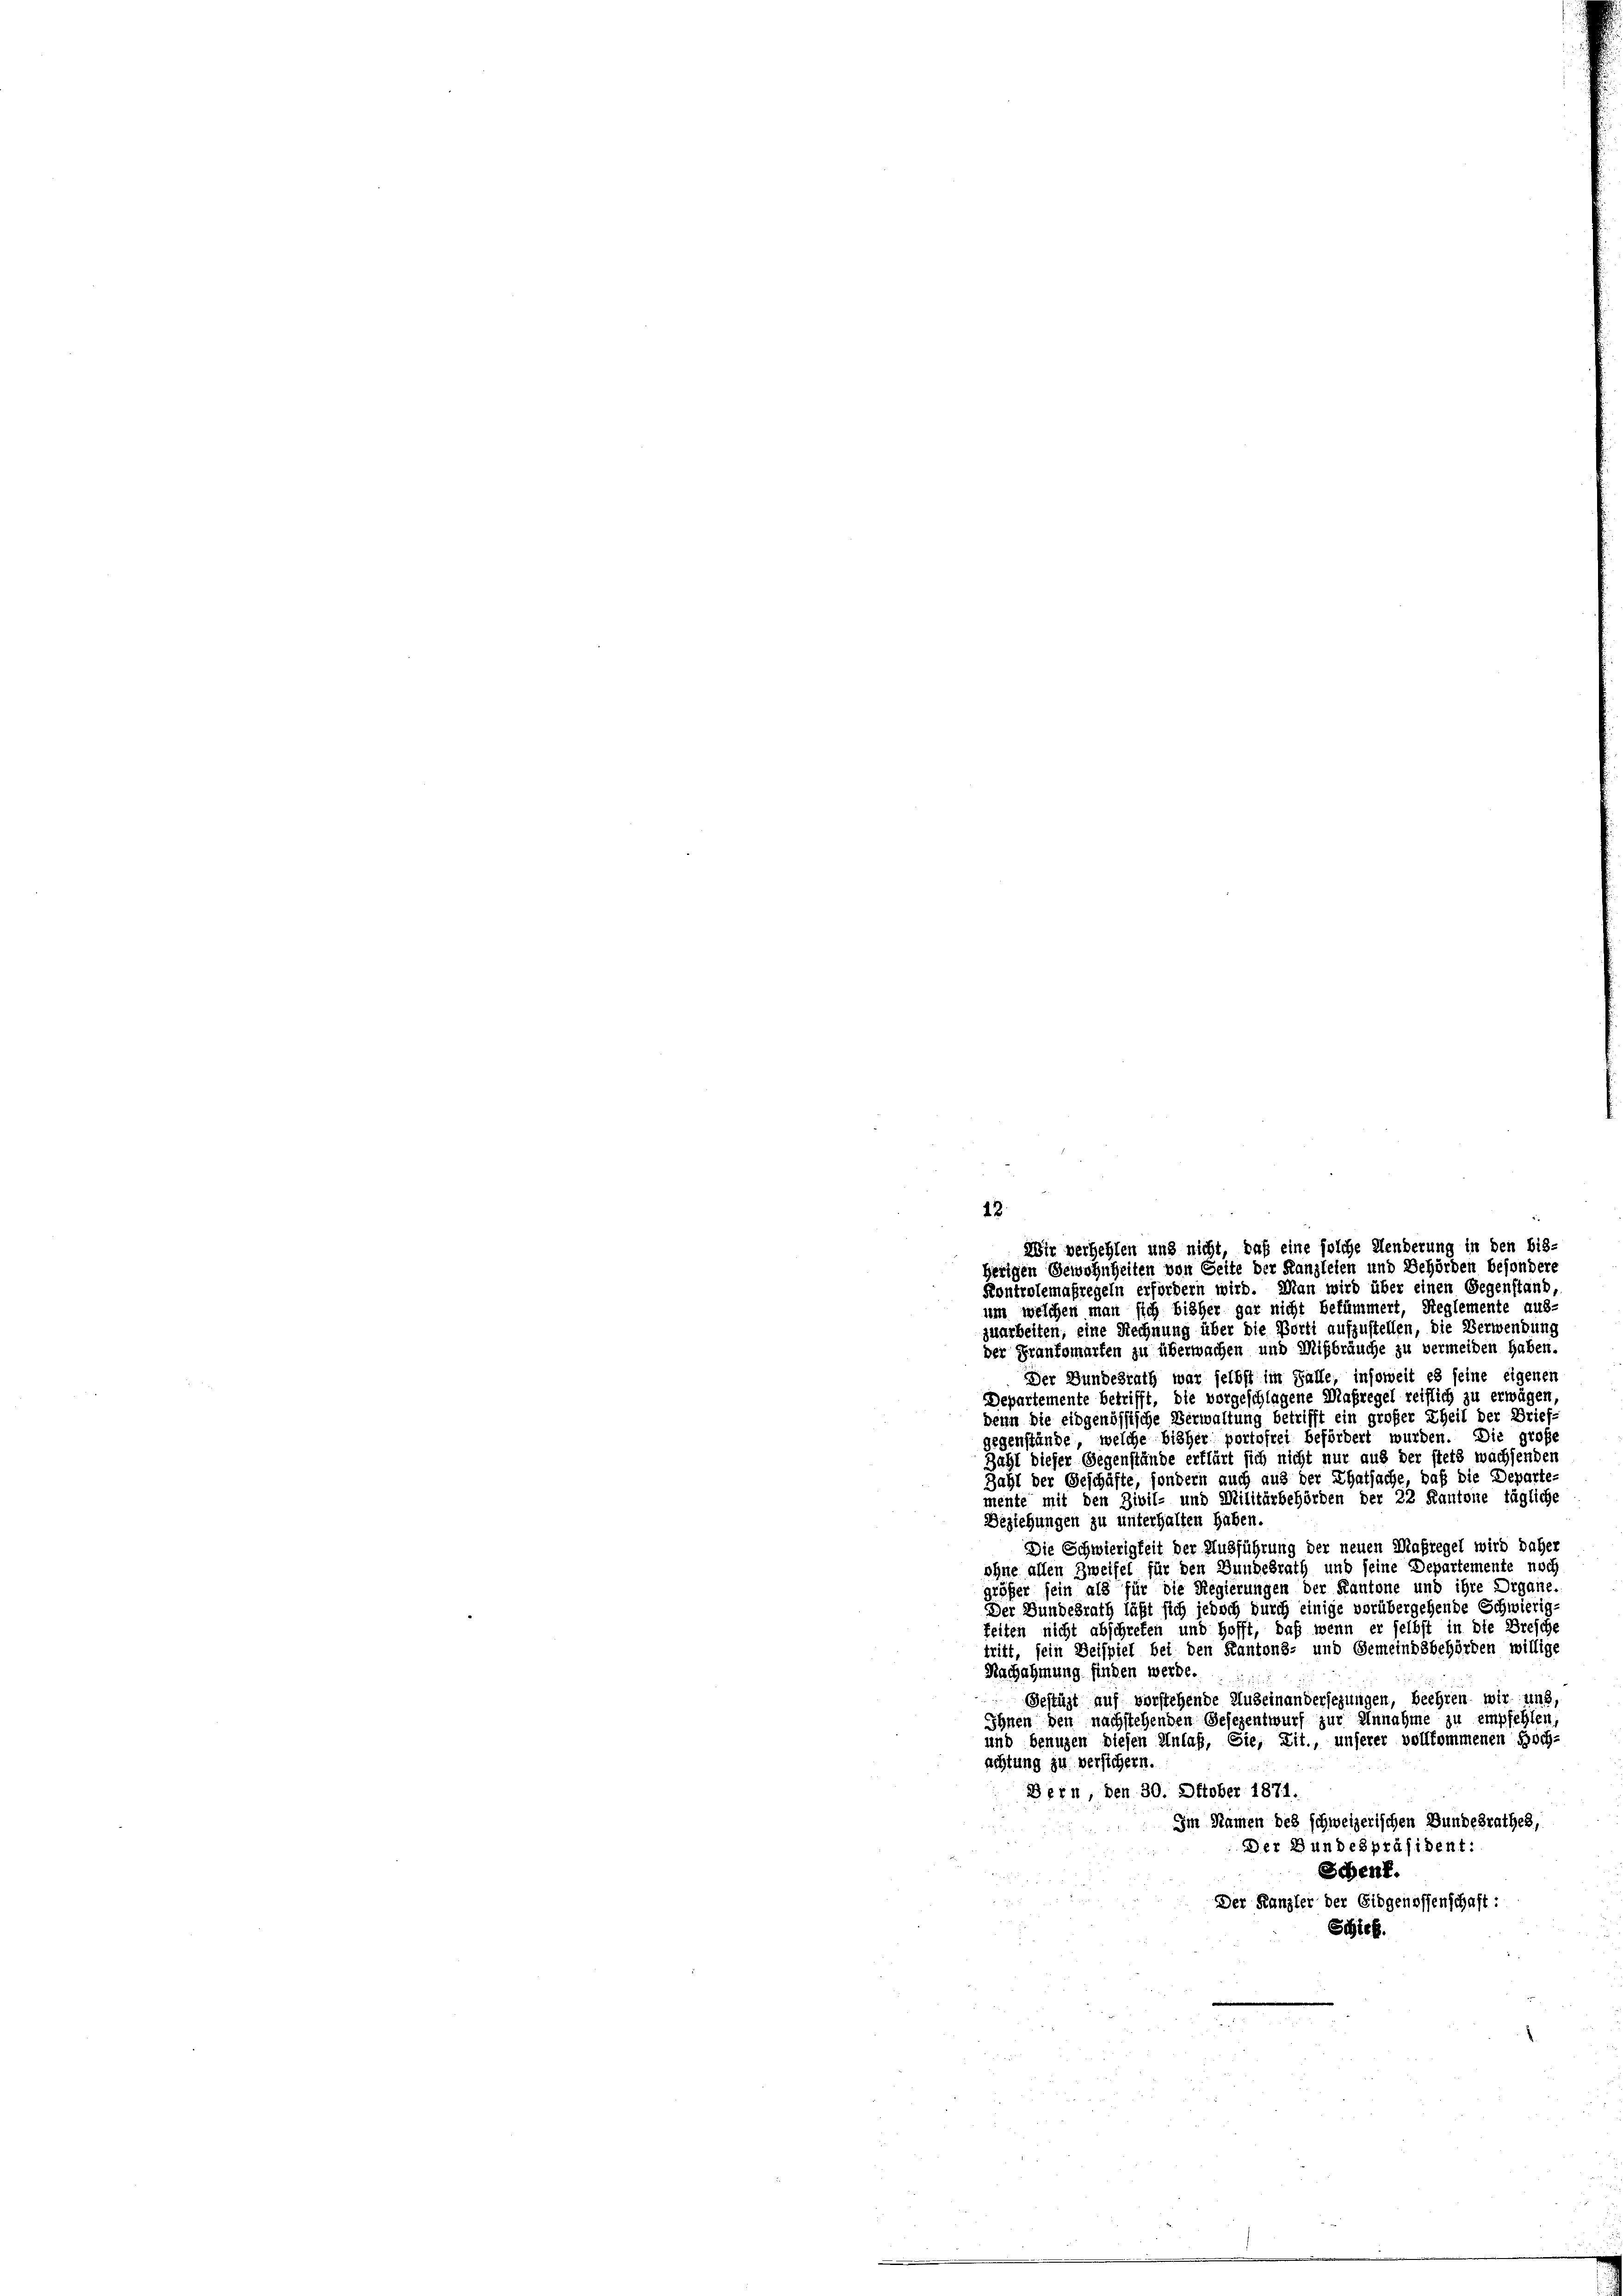
der Franzomarfen zu überwachen und Mißbräuche zu vermeiden haben.
Der Bundesrath war selbst im Falle, insoweit es seine eigenen
Departemente betrifft, die vorgeschlagene Maßregel reiflich zu erwägen,
denn die eidgenössische Verwaltung betrifft ein großer Theil der Brief:
gegenstände, welche bisher portofrei befördert wurden. Die große
Zahl dieser Gegenstände erklärt sich nicht nur aus der stets wachsenden
Zahl der Geschäfte, sondern auch aus der Thatsache, daß die Departe
mente mit den Zivil- und Militärbehörden der 22 Kantone tägliche
Beziehungen zu unterhalten haben.
Die Schwierigkeit der Ausführung der neuen Maßregel wird daher
ohne allen Zweifel für den Bundesrath und seine Departemente noch
größer sein als für die Regierungen der Kantone und ihre Organe.
Der Bundesrath läßt sich jedoch durch einige vorübergehende Schwierig
feiten nicht abschrefen und hofft, daß wenn er selbst in die Bresche
tritt, sein Beispiel bei den Kantons- und Gemeindsbehörden willige
Nachahmung finden werde.
Gestüzt auf vorstehende Auseinandersezungen, beehren wir und,
Ihnen den nachstehenden Gesezentwurf zur Annahme zu empfehlen,
und benuzen diesen Anlaß, Sie, Lit., unserer vollkommenen Hoch-
achtung zu versichern.
Bern, den 30. Oktober 1871.
Im Namen des schweizerischen Bundesrathes,
Der Bundespräsident:
Schenf.
Der Kanzler der Eidgenossenschaft:
Schick.

12.
Wir verhehlen und nicht, daß eine solche Aenderung in den bis-
herigen Gewohnheiten von Seite der Kanzleien und Behörden besondere
Kontrolemafregeln erfordern wird. Man wird über einen Gegenstand,
um welchen man sich bisher gar nicht bekämmert, Reglemente aus-
zuarbeiten, eine Rechnung über die Porti aufzustellen, die Verwendung